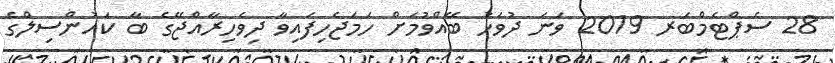
28 ސެޕްޓެމްބަރ 2019 ވަނަ ދުވަހު ބޭއްވުމަށް ހަމަޖެހިފައިވާ ދިވެހިރާއްޖޭގެ ބާ ކައުންސިލްގެ